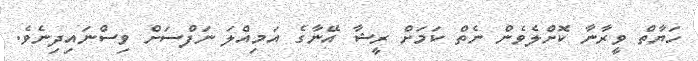
ހަޔާތް ވީރާނާ ކޮށްލެވެން ނެތް ކަމަށް ރީޝާ އޭނާގެ އަމިއްލަ ނަފްސަށް ވިސްނައިދިނެވެ.